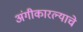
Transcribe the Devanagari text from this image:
अंगीकारल्याचे